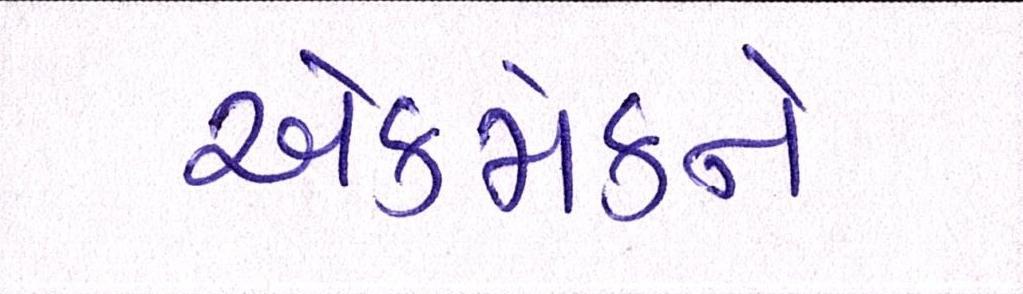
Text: એકમેકને